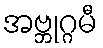
အဗ္ဘုဂ္ဂမီ